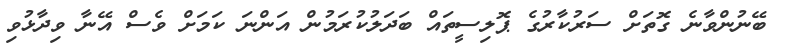
ބޭނުންވާނެ ގޮތަށް ސަރުކާރުގެ ޕޮލިސީތައް ބަދަލުކުރަމުން އަންނަ ކަމަށް ވެސް އޭނާ ވިދާޅުވި